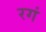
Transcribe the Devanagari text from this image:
रगं